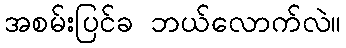
အစမ်းပြင်ခ ဘယ်လောက်လဲ။